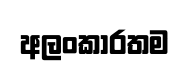
අලංකාරතම